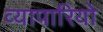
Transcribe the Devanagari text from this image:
व्यापारियो